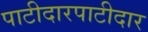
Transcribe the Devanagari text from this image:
पाटीदारपाटीदार